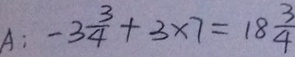
A : - 3 \frac { 3 } { 4 } + 3 \times 7 = 1 8 \frac { 3 } { 4 }